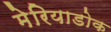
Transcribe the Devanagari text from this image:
मेरियाडोक